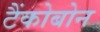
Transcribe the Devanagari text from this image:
टैंकोबोन